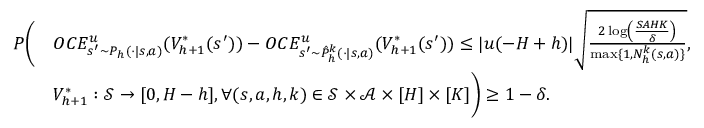
\begin{array} { r l } { P \Bigg ( } & { O C E _ { s ^ { \prime } \sim P _ { h } ( \cdot \vert s , a ) } ^ { u } ( V _ { h + 1 } ^ { * } ( s ^ { \prime } ) ) - O C E _ { s ^ { \prime } \sim \hat { P } _ { h } ^ { k } ( \cdot \vert s , a ) } ^ { u } ( V _ { h + 1 } ^ { * } ( s ^ { \prime } ) ) \leq \vert u ( - H + h ) \vert \sqrt { \frac { 2 \log \left( \frac { S A H K } { \delta } \right) } { \operatorname* { m a x } \{ 1 , N _ { h } ^ { k } ( s , a ) \} } } , } \\ & { V _ { h + 1 } ^ { * } : \mathcal { S } \to [ 0 , H - h ] , \forall ( s , a , h , k ) \in \mathcal { S } \times \mathcal { A } \times [ H ] \times [ K ] \Bigg ) \geq 1 - \delta . } \end{array}